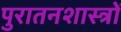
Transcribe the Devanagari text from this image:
पुरातनशास्त्रों